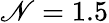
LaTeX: \mathscr{N}=1.5